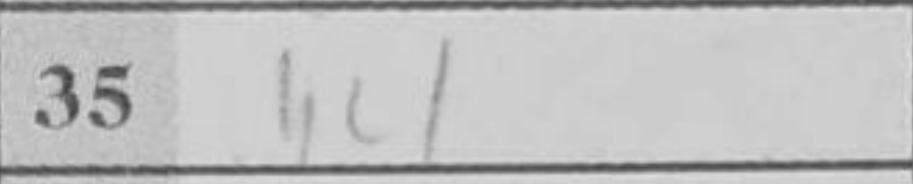
Transcription: h4